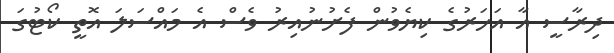
ދިރާސީ އާ އަހަރުގެ ކިޔެވުން ފެށުނުއިރު ވެސް އެ މައްސަލަ އޮތީ ކޯޓުގަ